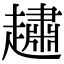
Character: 𧽷